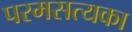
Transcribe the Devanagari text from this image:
परमसत्यका